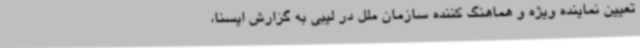
تعیین نماینده ویژه و هماهنگ کننده سازمان ملل در لیبی به گزارش ایسنا،